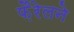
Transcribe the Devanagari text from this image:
फ़ैरेलने